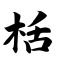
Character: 栝